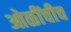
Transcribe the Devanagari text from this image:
ओळींचीच